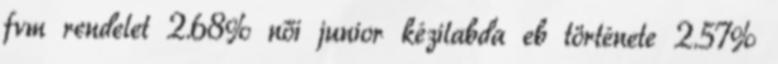
fvm rendelet 2.68% női junior kézilabda eb története 2.57%